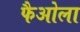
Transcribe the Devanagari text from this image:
फैओला